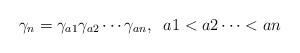
LaTeX: \begin{align*}\gamma_n = \gamma_{a1} \gamma_{a2} \cdots \gamma_{an} , \; \; a1 < a2 \cdots < an\end{align*}